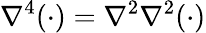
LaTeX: \nabla^{4}(\cdot)=\nabla^{2}\nabla^{2}(\cdot)